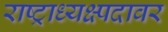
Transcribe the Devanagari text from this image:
राष्ट्राध्यक्ष्पदावर